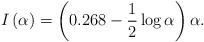
\begin{align*}I\left( \alpha \right) = \left( {0.268 - \frac{1}{2}\log \alpha } \right)\alpha .\end{align*}